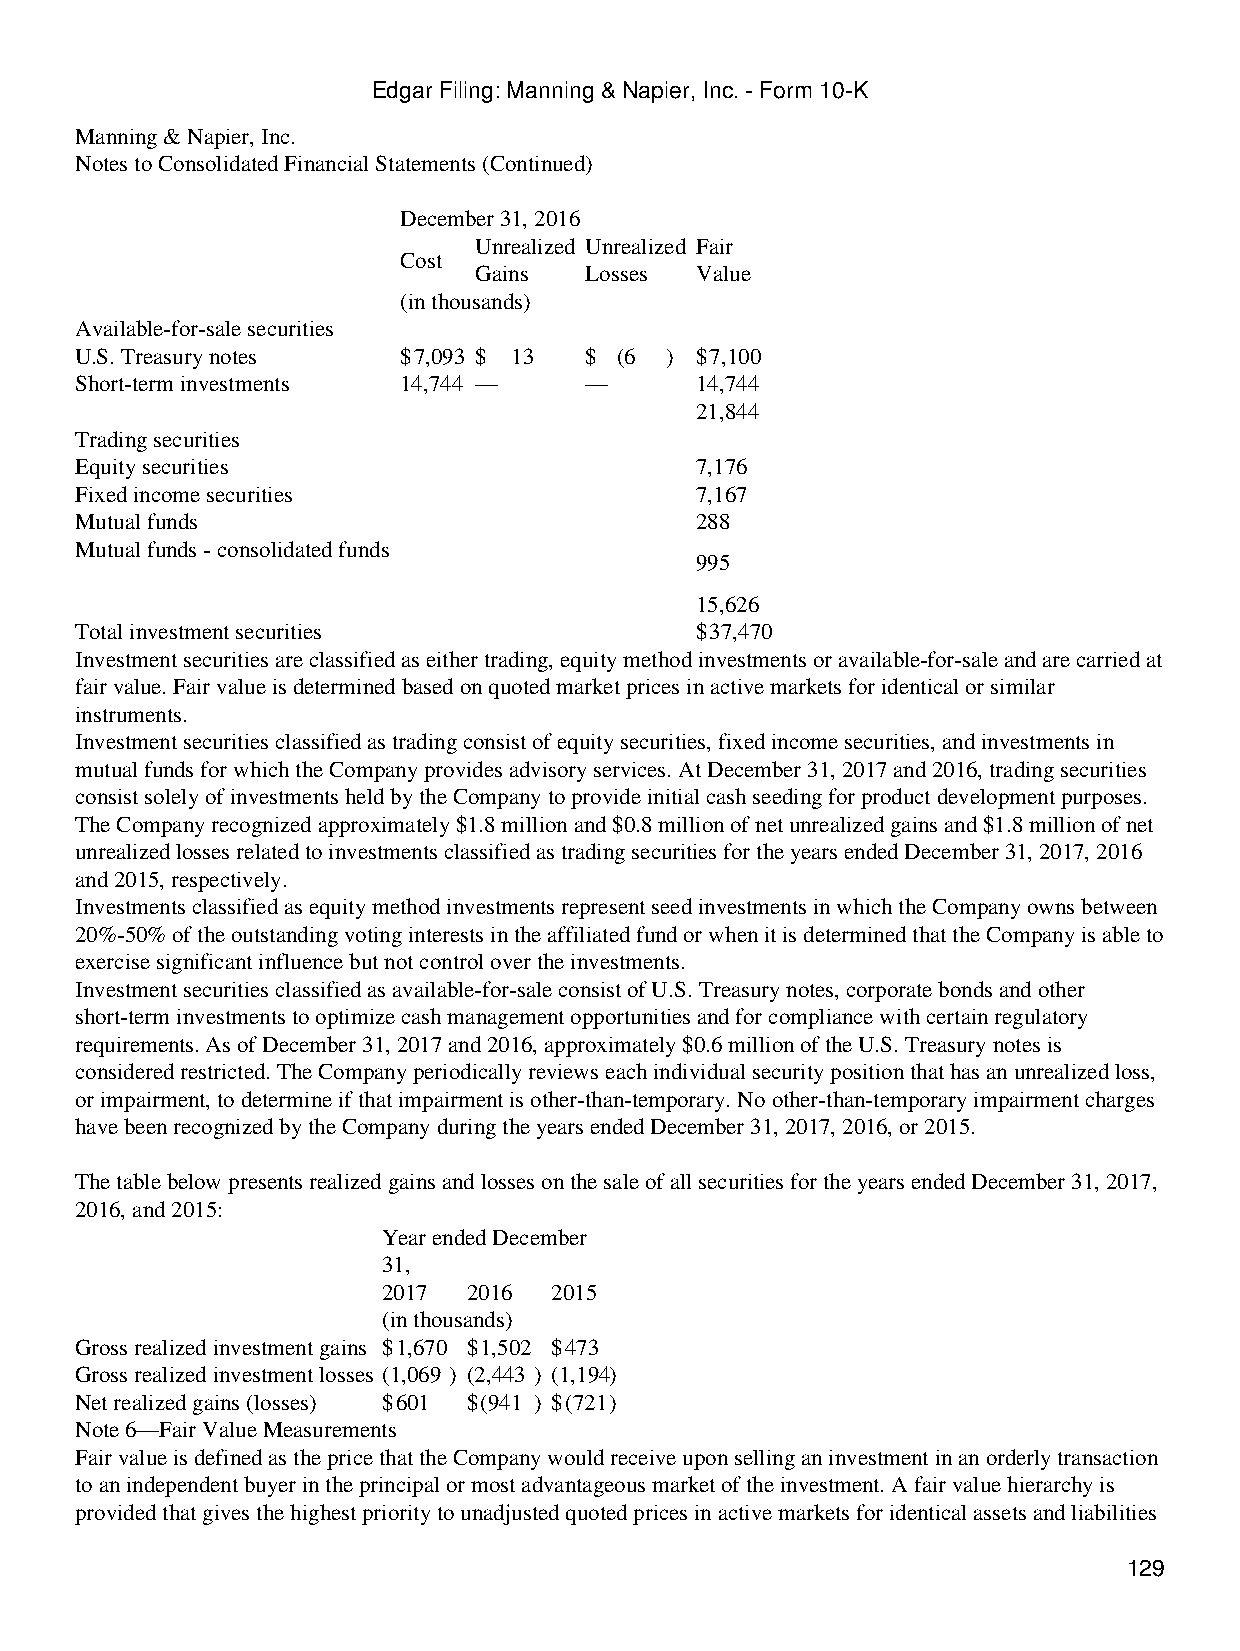
Edgar Filing: Manning & Napier, Inc. - Form 10-K
 Manning & Napier, Inc.
 Notes to Consolidated Financial Statements (Continued)
 December 31, 2016
 Unrealized Unrealized Fair
 Cost
 Gains   Losses Value
 (in thousands)
 Available-for-sale securities
 U.S. Treasury notes  $7,093 $ 13  $ (6 ) $7,100
 Short-term investments 14,744 —   —      14,744
 21,844
 Trading securities
 Equity securities                        7,176
 Fixed income securities                  7,167
 Mutual funds                             288
 Mutual funds - consolidated funds
 995
 15,626
 Total investment securities              $37,470
 Investment securities are classified as either trading, equity method investments or available-for-sale and are carried at
 fair value. Fair value is determined based on quoted market prices in active markets for identical or similar
 instruments.
 Investment securities classified as trading consist of equity securities, fixed income securities, and investments in
 mutual funds for which the Company provides advisory services. At December 31, 2017 and 2016, trading securities
 consist solely of investments held by the Company to provide initial cash seeding for product development purposes.
 The Company recognized approximately $1.8 million and $0.8 million of net unrealized gains and $1.8 million of net
 unrealized losses related to investments classified as trading securities for the years ended December 31, 2017, 2016
 and 2015, respectively.
 Investments classified as equity method investments represent seed investments in which the Company owns between
 20%-50% of the outstanding voting interests in the affiliated fund or when it is determined that the Company is able to
 exercise significant influence but not control over the investments.
 Investment securities classified as available-for-sale consist of U.S. Treasury notes, corporate bonds and other
 short-term investments to optimize cash management opportunities and for compliance with certain regulatory
 requirements. As of December 31, 2017 and 2016, approximately $0.6 million of the U.S. Treasury notes is
 considered restricted. The Company periodically reviews each individual security position that has an unrealized loss,
 or impairment, to determine if that impairment is other-than-temporary. No other-than-temporary impairment charges
 have been recognized by the Company during the years ended December 31, 2017, 2016, or 2015.
 The table below presents realized gains and losses on the sale of all securities for the years ended December 31, 2017,
 2016, and 2015:
 Year ended December
 31,
 2017  2016 2015
 (in thousands)
 Gross realized investment gains $1,670 $1,502 $473
 Gross realized investment losses (1,069 ) (2,443 ) (1,194)
 Net realized gains (losses) $601 $(941 ) $(721)
 Note 6—Fair Value Measurements
 Fair value is defined as the price that the Company would receive upon selling an investment in an orderly transaction
 to an independent buyer in the principal or most advantageous market of the investment. A fair value hierarchy is
 provided that gives the highest priority to unadjusted quoted prices in active markets for identical assets and liabilities
 129